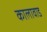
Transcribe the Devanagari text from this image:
कालावाड